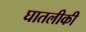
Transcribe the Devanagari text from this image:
घातलीकी